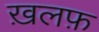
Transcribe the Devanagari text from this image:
ख़लफ़